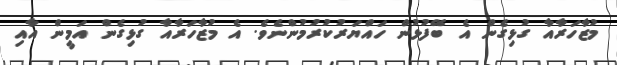
މުޒާހަރާއާ ގުޅިގެން އެ ބޭފުޅުން ހައްޔަރުކުރުމުންނެވެ. އެ މުޒާހަރާއާ ގުޅިގެން އަމީން އާއި